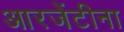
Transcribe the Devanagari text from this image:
आरजेंटीना